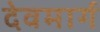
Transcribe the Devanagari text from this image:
देवमार्ग